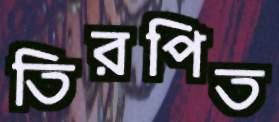
তিরপিত